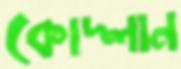
কোদ্‌লান